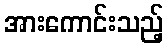
အားကောင်းသည့်